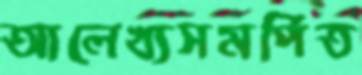
আলেখ্যসমর্পিত